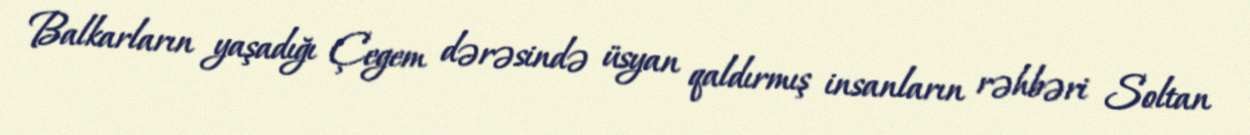
Balkarların yaşadığı Çegem dərəsində üsyan qaldırmış insanların rəhbəri Soltan